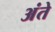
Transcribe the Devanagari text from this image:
अंते